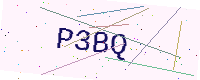
Text: P3BQ